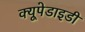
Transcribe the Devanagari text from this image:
क्यूपेडाइडी